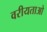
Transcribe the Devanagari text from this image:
वरीयताओ